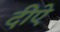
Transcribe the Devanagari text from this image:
दीऐ